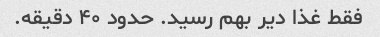
فقط غذا دیر بهم رسید. حدود ۴۰ دقیقه.